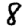
Digit: 8